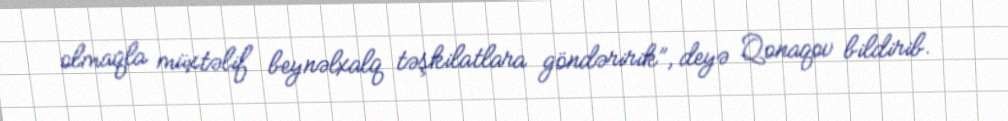
olmaqla müxtəlif beynəlxalq təşkilatlara göndəririk”, deyə Qonaqov bildirib.